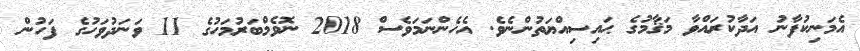
އެމަނިކުފާނު އަދާކުރައްވާ މަޤާމުގެ ޙައިސިއްޔަތުންނެވެ. އެހެންނަމަވެސް 2018 ނޮވެމްބަރުމަހުގެ 11 ވަނަދުވަހުގެ ފަހުން